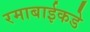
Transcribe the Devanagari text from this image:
रमाबाईकडे